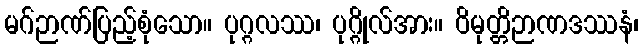
မဂ်ဉာဏ်ပြည့်စုံသော။ ပုဂ္ဂလဿ၊ ပုဂ္ဂိုလ်အား။ ဝိမုတ္တိဉာဏဒဿနံ၊